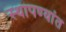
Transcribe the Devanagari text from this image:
स्थापण्यांत